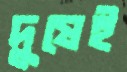
দুষেই